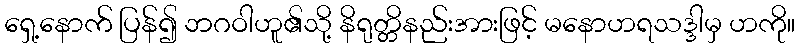
ရှေ့နောက် ပြန်၍ ဘဂဝါဟူ၏သို့ နိရုတ္တိနည်းအားဖြင့် မနောဟရသဒ္ဒါမှ ဟကို။